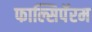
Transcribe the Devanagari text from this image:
फाल्सिपॅरम